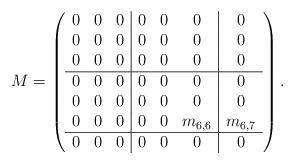
LaTeX: \begin{align*}M&=\left(\begin{array}{ccc|ccc|c}0 & 0& 0&0&0&0&0 \\0 & 0& 0&0&0&0&0 \\0 & 0& 0&0&0&0&0 \\\hline 0 & 0& 0&0&0&0&0 \\0&0&0&0&0&0&0\\0 & 0& 0&0&0&m_{6,6}&m_{6,7} \\\hline0&0&0&0&0&0&0\end{array}\right).\end{align*}